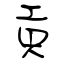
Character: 貢